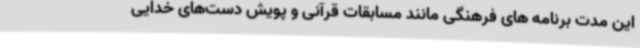
این مدت برنامه های فرهنگی مانند مسابقات قرآنی و پویش دست‌های خدایی